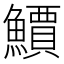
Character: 𫠎